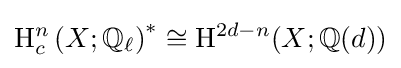
\mathrm {H} _{c}^{n}\left(X;\mathbb {Q} _{\ell }\right)^{*}\cong \mathrm {H} ^{2d-n}(X;\mathbb {Q} (d))